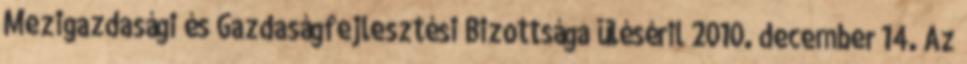
Mezıgazdasági és Gazdaságfejlesztési Bizottsága ülésérıl 2010. december 14. Az